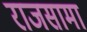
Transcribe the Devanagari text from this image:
राजसामा